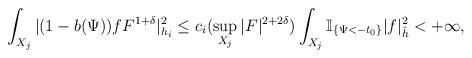
LaTeX: \begin{align*}\int_{X_j}|(1-b(\Psi))fF^{1+\delta}|_{h_i}^2\le c_i(\sup_{X_j}|F|^{2+2\delta}) \int_{X_j}\mathbb{I}_{\{\Psi<-t_0\}}|f|_{\hat{h}}^2<+\infty,\end{align*}